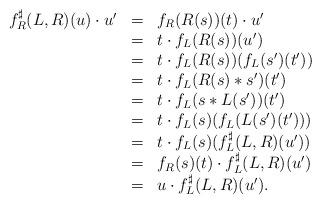
LaTeX: \begin{align*}\begin{array}{lll}f^\sharp_R(L,R)(u)\cdot u'&=&f_R(R(s))(t)\cdot u'\\&=&t\cdot f_L(R(s))(u')\\&=&t\cdot f_L(R(s))(f_L(s')(t'))\\&=&t\cdot f_L(R(s)*s')(t')\\&=&t\cdot f_L(s*L(s'))(t')\\&=&t\cdot f_L(s)(f_L(L(s')(t')))\\&=&t\cdot f_L(s)(f^\sharp_L(L,R)(u'))\\&=&f_R(s)(t)\cdot f^\sharp_L(L,R)(u')\\&=&u\cdot f^\sharp_L(L,R)(u').\end{array}\end{align*}